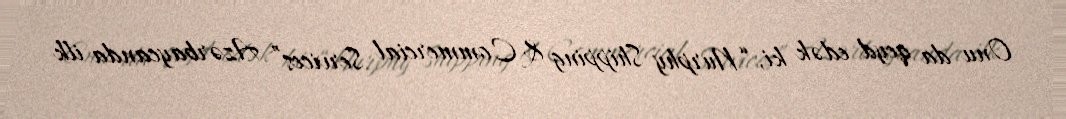
Onu da qeyd edək ki, “Nurphy Shipping & Commercial Services” Azərbaycanda ilk